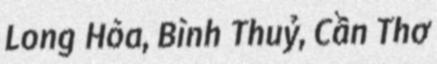
Long Hòa, Bình Thuỷ, Cần Thơ